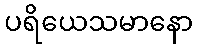
ပရိယေသမာနော